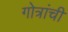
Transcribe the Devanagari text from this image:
गोत्रांची